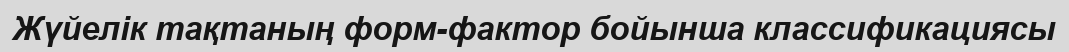
Жүйелік тақтаның форм-фактор бойынша классификациясы